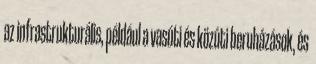
az infrastrukturális, például a vasúti és közúti beruházások, és